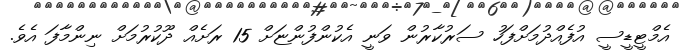
އެމްޓީޑީސީ އުފެއްދުމަށްފަހު ސަރުކާރުން ވަނީ އެކުންފުންޏަށް 15 ރަށެއް ދޫކުރުމަށް ނިންމާފަ އެވެ.